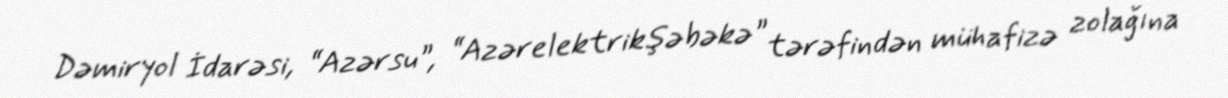
Dəmiryol İdarəsi, “Azərsu”, “Azərelektrikşəbəkə” tərəfindən mühafizə zolağına